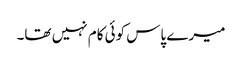
میرے پاس کوئی کام نہیں تھا۔